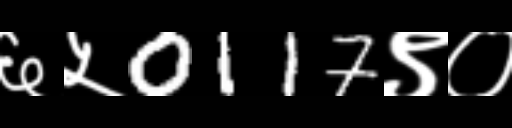
Text: ६५0117९०